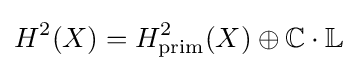
H^{2}(X)=H_{\text{prim}}^{2}(X)\oplus \mathbb {C} \cdot \mathbb {L}